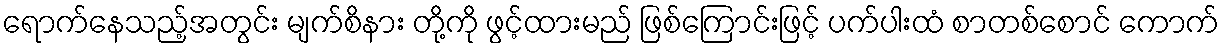
ရောက်နေသည့်အတွင်း မျက်စိနား တို့ကို ဖွင့်ထားမည် ဖြစ်ကြောင်းဖြင့် ပက်ပါးထံ စာတစ်စောင် ကောက်